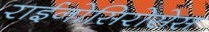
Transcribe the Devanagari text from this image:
राईनोसिरोसेस